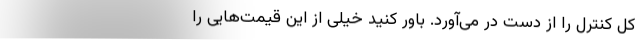
کل کنترل را از دست در می‌آورد. باور کنید خیلی از این قیمت‌هایی را